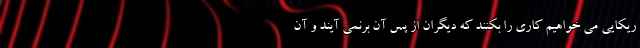
ریکایی می خواهیم کاری را بکنند که دیگران از پس آن برنمی آیند و آن